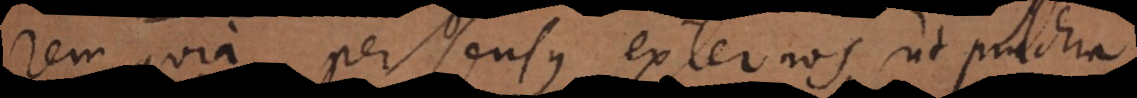
rem, quia per sensus externos ut pulchra